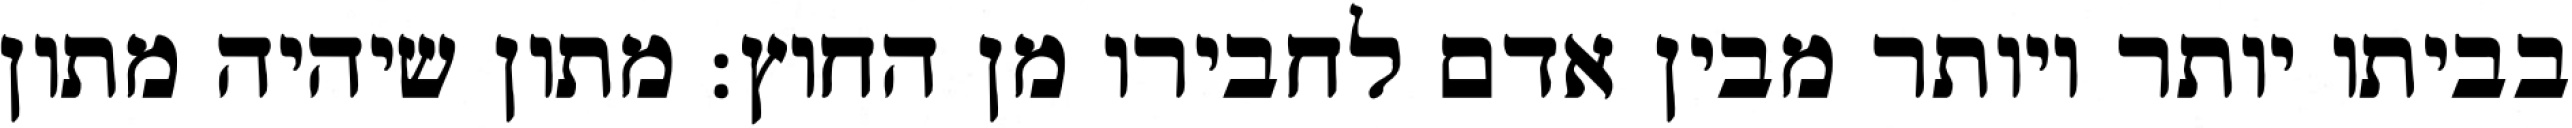
בביתו יותר ויותר מבין אדם לחבירו מן החוץ: מתון שיהיה מתון